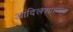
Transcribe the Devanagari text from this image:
आदिलशाहच्या